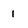
Character: 1